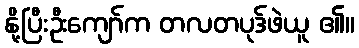
နို့ပြီးဦးကျော်က တလတပုဒ်ဖဲယူ ၏။